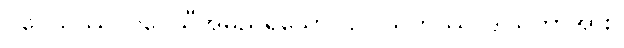
ဂဝေသိဿ၊ ဂဝေသီအမည်ရှိသော။ ဥပါသကဿ၊ ဒါယကာအား။